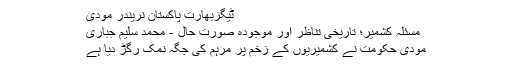
ٹیگزبھارت پاکستان نریندر مودی
مسئلہ کشمیر؛ تاریخی تناظر اور موجودہ صورت حال - محمد سلیم جباری
مودی حکومت نے کشمیریوں کے زخم پر مرہم کی جگہ نمک رگڑ دیا ہے